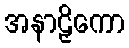
အနာဠှိကော